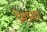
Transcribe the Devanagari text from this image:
प्रेमप्रथा